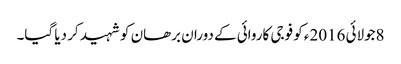
8جولائی 2016ء کو فوجی کاروائی کے دوران برھان کو شہید کر دیا گیا۔